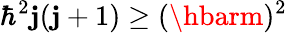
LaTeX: \hbar^{2}\mathbf{j}(\mathbf{j}+1)\geq(\hbarm)^{2}